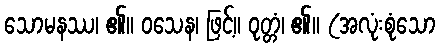
သောမနဿ၊ ၏။ ဝသေန၊ ဖြင့်။ ဝုတ္တံ၊ ၏။ (အလုံးစုံသော